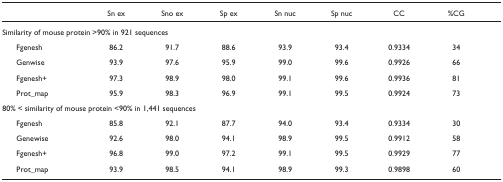
<table><thead><tr><td>[EMPTY_CELL]</td><td><b>Sn ex</b></td><td><b>Sno ex</b></td><td><b>Sp ex</b></td><td><b>Sn nuc</b></td><td><b>Sp nuc</b></td><td><b>CC</b></td><td><b>%CG</b></td></tr></thead><tbody><tr><td colspan="8">Similarity of mouse protein &gt;90% in 921 sequences</td></tr><tr><td> Fgenesh</td><td>86.2</td><td>91.7</td><td>88.6</td><td>93.9</td><td>93.4</td><td>0.9334</td><td>34</td></tr><tr><td> Genwise</td><td>93.9</td><td>97.6</td><td>95.9</td><td>99.0</td><td>99.6</td><td>0.9926</td><td>66</td></tr><tr><td> Fgenesh+</td><td>97.3</td><td>98.9</td><td>98.0</td><td>99.1</td><td>99.6</td><td>0.9936</td><td>81</td></tr><tr><td> Prot_map</td><td>95.9</td><td>98.3</td><td>96.9</td><td>99.1</td><td>99.5</td><td>0.9924</td><td>73</td></tr><tr><td colspan="8">80% &lt; similarity of mouse protein &lt;90% in 1,441 sequences</td></tr><tr><td> Fgenesh</td><td>85.8</td><td>92.1</td><td>87.7</td><td>94.0</td><td>93.4</td><td>0.9334</td><td>30</td></tr><tr><td> Genewise</td><td>92.6</td><td>98.0</td><td>94.1</td><td>98.9</td><td>99.5</td><td>0.9912</td><td>58</td></tr><tr><td> Fgenesh+</td><td>96.8</td><td>99.0</td><td>97.2</td><td>99.1</td><td>99.5</td><td>0.9929</td><td>77</td></tr><tr><td> Prot_map</td><td>93.9</td><td>98.5</td><td>94.1</td><td>98.9</td><td>99.3</td><td>0.9898</td><td>60</td></tr></tbody></table>